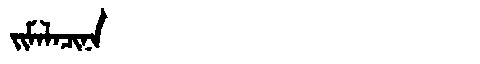
Manchu: ᠵᡳᠮᠠᠯᠠᠴᡳᠨᠠ
Romanization: JIMALACINA